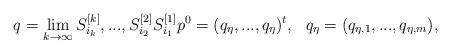
LaTeX: \begin{align*}q=\lim_{k\to \infty}S^{[k]}_{i_k},...,S^{[2]}_{i_2}S^{[1]}_{i_1}p^0=(q_\eta,...,q_\eta)^t,\ \ q_\eta=(q_{\eta,1},...,q_{\eta,m}),\end{align*}